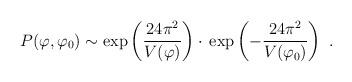
LaTeX: \begin{align*}P(\varphi,\varphi_0) \sim \exp\left({24\pi^2\over V(\varphi)}\right)\cdot\, \exp\left(-{24\pi^2\over V(\varphi_0)}\right) \ .\end{align*}